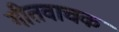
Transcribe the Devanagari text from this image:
गीतवाचक